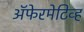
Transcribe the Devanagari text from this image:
अॅफेरमेटिव्ह